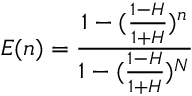
E ( n ) = \frac { 1 - ( \frac { 1 - H } { 1 + H } ) ^ { n } } { 1 - ( \frac { 1 - H } { 1 + H } ) ^ { N } }